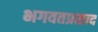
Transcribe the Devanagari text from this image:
भगवतप्रसाद